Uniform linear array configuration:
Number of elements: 64
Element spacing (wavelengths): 1
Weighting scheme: kaiser
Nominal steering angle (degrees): -45
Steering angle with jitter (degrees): -43.349
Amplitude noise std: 0.05
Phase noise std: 0.05

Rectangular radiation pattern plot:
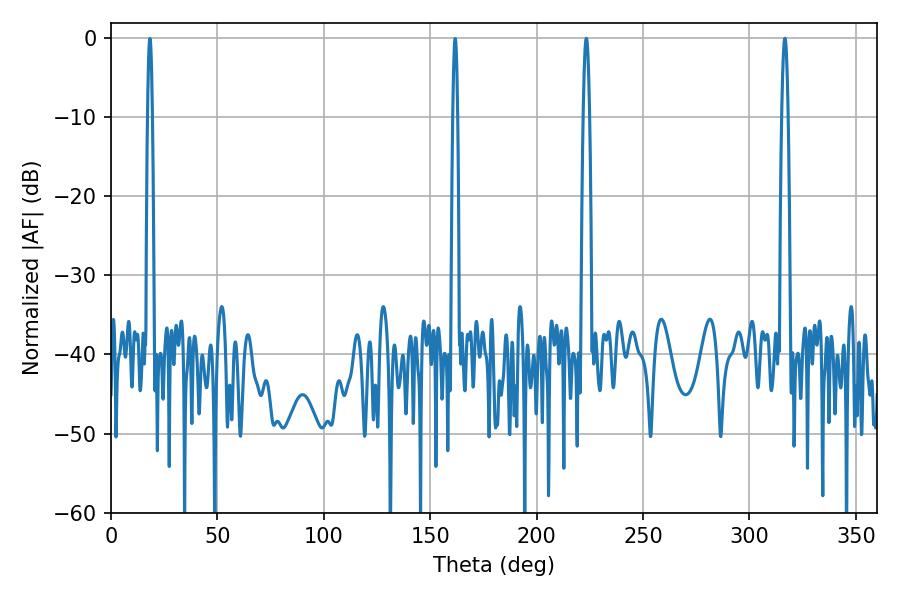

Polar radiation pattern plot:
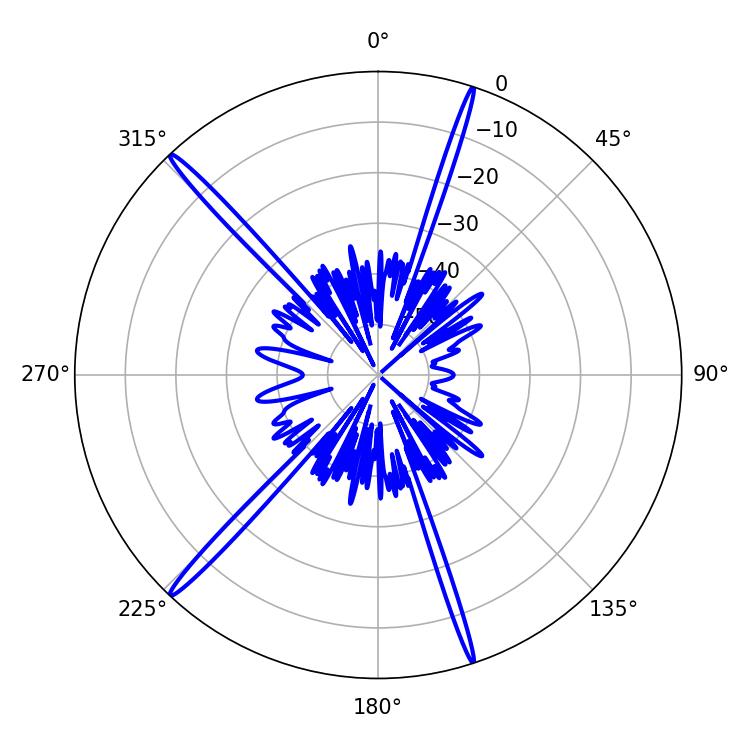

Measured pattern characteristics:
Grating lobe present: TRUE
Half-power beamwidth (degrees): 1.62
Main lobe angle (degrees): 316.62